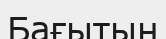
Бағытын